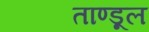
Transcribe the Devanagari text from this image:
ताण्डूल